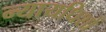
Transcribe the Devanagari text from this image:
न्यायधिशों